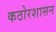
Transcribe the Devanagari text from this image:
कठोरशासन